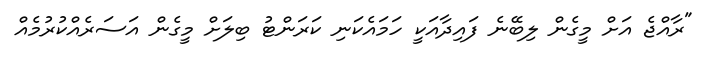
"ރާއްޖެ އަށް މީގެން ލިބޭނެ ފައިދާއަކީ ހަމައެކަނި ކަރަންޓު ބިލަށް މީގެން އަސަރެއްކުރުމެއް